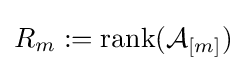
R_{m}:=\mathrm {rank} ({\mathcal {A}}_{[m]})